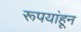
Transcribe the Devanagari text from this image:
रूपयांहून